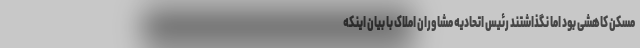
مسکن کاهشی بود اما نگذاشتند رئیس اتحادیه مشاوران املاک با بیان اینکه